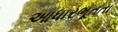
આધારભૂતતા